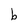
Character: b